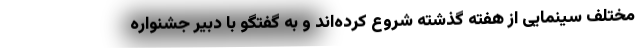
مختلف سینمایی از هفته گذشته شروع کرده‌اند و به گفتگو با دبیر جشنواره